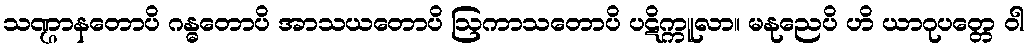
သဏ္ဌာနတောပိ ဂန္ဓတောပိ အာသယတောပိ ဩကာသတောပိ ပဋိက္ကူလာ။ မနုညေပိ ဟိ ယာဂုပတ္တေ ဝါ